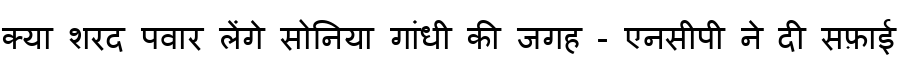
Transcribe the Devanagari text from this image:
क्या शरद पवार लेंगे सोनिया गांधी की जगह - एनसीपी ने दी सफ़ाई